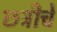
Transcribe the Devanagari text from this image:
छत्रीचे